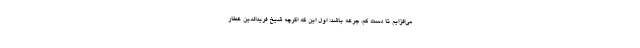
می‌افزایم تا دست کم، جرعه باشد: اول این که اگرچه شیخ فرید‌الدین عطار